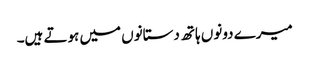
میرے دونوں ہاتھ دستانوں میں ہوتے ہیں۔